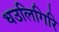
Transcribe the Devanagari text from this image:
धउलिगिरि